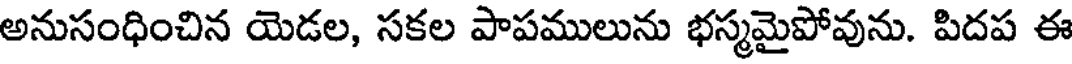
అనుసంధించిన యెడల, సకల పాపములును భస్మమైపోవును. పిదప ఈ